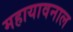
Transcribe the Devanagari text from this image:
महायावनाल